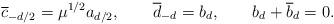
LaTeX: \begin{align*}{\overline c}_{-d/2} = \mu^{1/2} a_{d/2},\qquad {\overline d}_{-d}= b_d,\qquad b_d+{\overline b_d}=0.\end{align*}